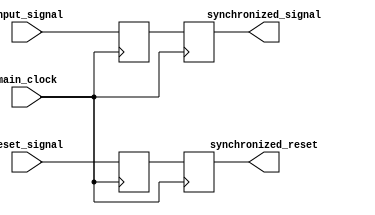
module synchronizer_with_reset(
  input main_clock,
  input input_signal,
  input reset_signal,
  output reg synchronized_signal,
  output reg synchronized_reset
);

reg input_signal_synced;
reg reset_signal_synced;

always @(posedge main_clock) begin
  input_signal_synced <= input_signal;
  reset_signal_synced <= reset_signal;
end

always @(posedge main_clock) begin
  synchronized_signal <= input_signal_synced;
  synchronized_reset <= reset_signal_synced;
end

endmodule